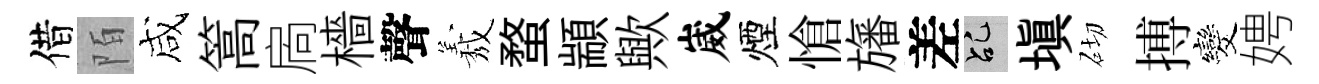
借陌咸篙扄檣聲𦏁蝥顓歟崴煙愴旛差乩塡砌搏发娉